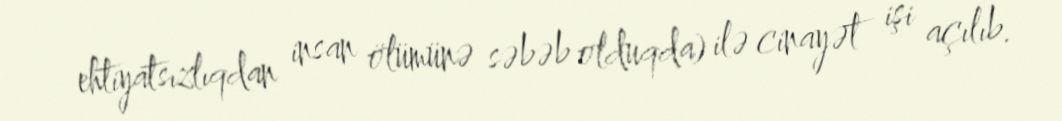
ehtiyatsızlıqdan insan ölümünə səbəb olduqda) ilə cinayət işi açılıb.